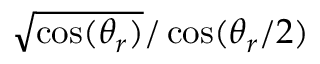
\sqrt { \cos ( \theta _ { r } ) } / \cos ( \theta _ { r } / 2 )